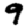
Digit: 9